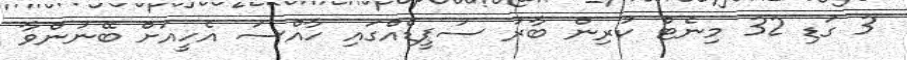
3 ގަޑި 32 މިނެޓް ކުރިން ބާރު ސުޕީޑެއްގައި ހާއްސަ އެހީއަށް ބޭނުންވާ